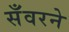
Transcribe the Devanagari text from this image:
सँवरने